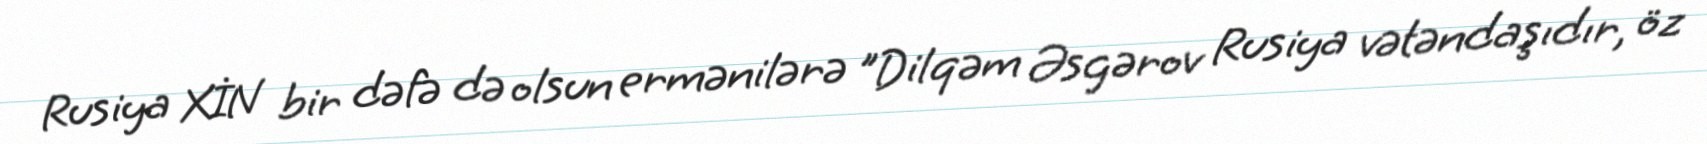
Rusiya XİN bir dəfə də olsun ermənilərə ”Dilqəm Əsgərov Rusiya vətəndaşıdır, öz